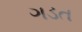
ગડત